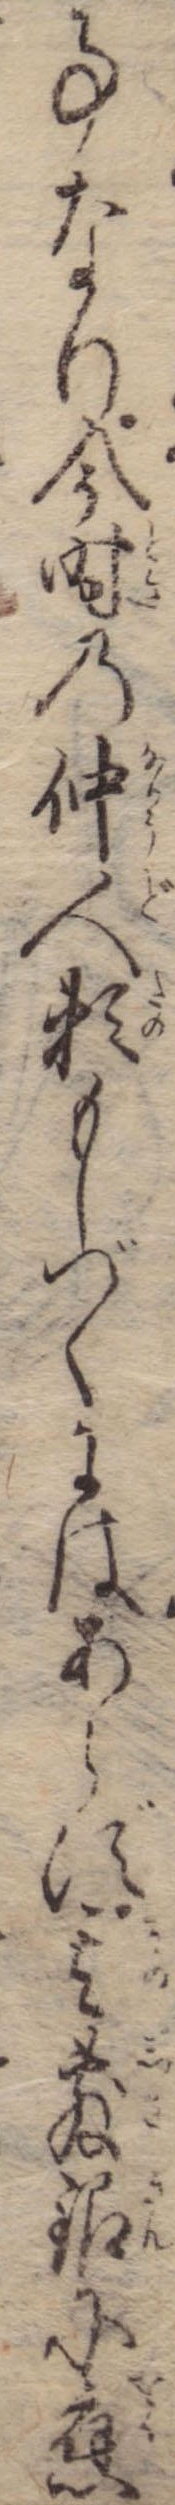
事なり今時の仲人頼もしづくにはあらず其敷銀に応